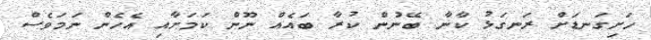
ހަށިގަނޑަށް ރަނގަޅު ކާނާ ބޭނުން ކުރާ ބައެއް ނޫން ކަމަށާއި އެހެން ނަމަވެސް